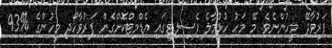
ފަރުވާދޭ މީހުންނެވެ. މޭ މަހު ހުޅުމާލެ ފެސިލިޓީގައި އެޑްމިޓްކޮށްގެން ފަރުވާހޯދި މީހުންގެ %93